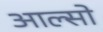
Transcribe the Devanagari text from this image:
आल्सो